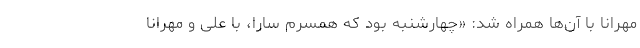
مهرانا با آن‌ها همراه شد: «چهارشنبه بود که همسرم سارا، با علی و مهرانا